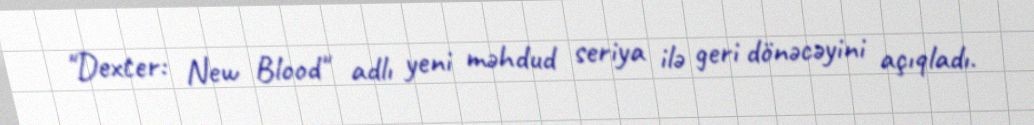
"Dexter: New Blood" adlı yeni məhdud seriya ilə geri dönəcəyini açıqladı.